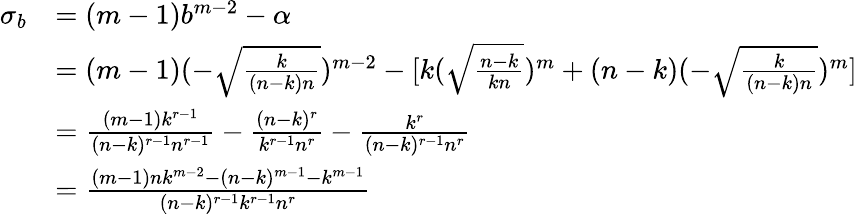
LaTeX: \begin{array}{rl}{\sigma_{b}}&{=(m-1)b^{m-2}-\alpha}\\ &{=(m-1)(-\sqrt{\frac{k}{(n-k)n}})^{m-2}-[k(\sqrt{\frac{n-k}{kn}})^{m}+(n-k)(-\sqrt{\frac{k}{(n-k)n}})^{m}]}\\ &{=\frac{(m-1)k^{r-1}}{(n-k)^{r-1}n^{r-1}}-\frac{(n-k)^{r}}{k^{r-1}n^{r}}-\frac{k^{r}}{(n-k)^{r-1}n^{r}}}\\ &{=\frac{(m-1)nk^{m-2}-(n-k)^{m-1}-k^{m-1}}{(n-k)^{r-1}k^{r-1}n^{r}}}\end{array}